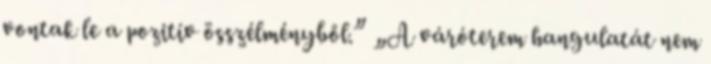
vontak le a pozitív összélményből.” „A váróterem hangulatát nem